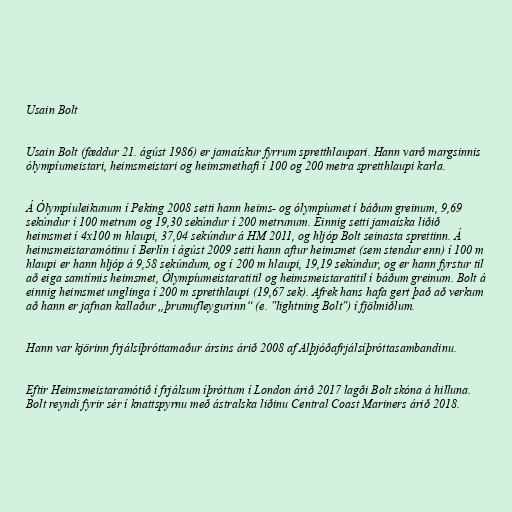
Usain Bolt

Usain Bolt (fæddur 21. ágúst 1986) er jamaískur fyrrum spretthlaupari. Hann varð margsinnis
ólympíumeistari, heimsmeistari og heimsmethafi í 100 og 200 metra spretthlaupi karla.

Á Ólympíuleikunum í Peking 2008 setti hann heims- og ólympíumet í báðum greinum, 9,69
sekúndur í 100 metrum og 19,30 sekúndur í 200 metrunum. Einnig setti jamaíska liðið
heimsmet í 4x100 m hlaupi, 37,04 sekúndur á HM 2011, og hljóp Bolt seinasta sprettinn. Á
heimsmeistaramótinu í Berlín í ágúst 2009 setti hann aftur heimsmet (sem stendur enn) í 100 m
hlaupi er hann hljóp á 9,58 sekúndum, og í 200 m hlaupi, 19,19 sekúndur, og er hann fyrstur til
að eiga samtímis heimsmet, Ólympíumeistaratitil og heimsmeistaratitil í báðum greinum. Bolt á
einnig heimsmet unglinga í 200 m spretthlaupi (19,67 sek). Afrek hans hafa gert það að verkum
að hann er jafnan kallaður „þrumufleygurinn“ (e. "lightning Bolt") í fjölmiðlum.

Hann var kjörinn frjálsíþróttamaður ársins árið 2008 af Alþjóðafrjálsíþróttasambandinu.

Eftir Heimsmeistaramótið í frjálsum íþróttum í London árið 2017 lagði Bolt skóna á hilluna.
Bolt reyndi fyrir sér í knattspyrnu með ástralska liðinu Central Coast Mariners árið 2018.